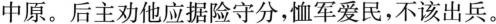
中原。后主劝他应据险守分，恤军爱民，不该出兵。